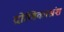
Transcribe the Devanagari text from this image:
द्रोणिकाभ्रंश